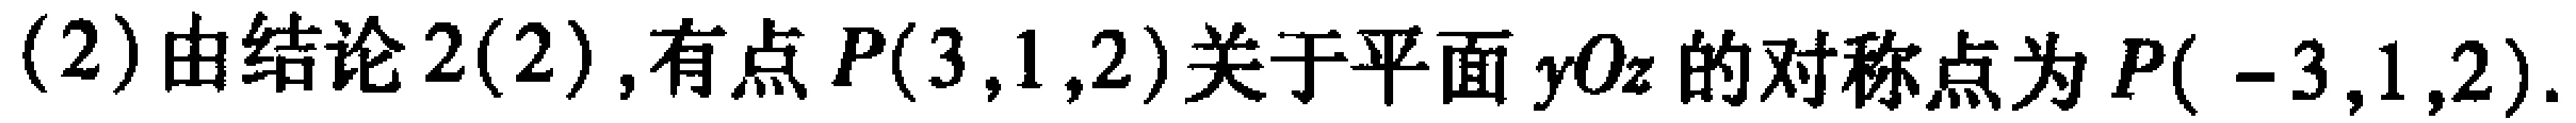
(2)由结论2(2),有点$P(3,1,2)$关于平面$yOz$的对称点为$P(-3,1,2)$.